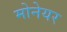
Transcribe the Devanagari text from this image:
मोनेयर